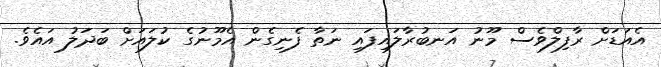
އެއަޑަށް ރާފިލްވެސް މޫނު އަނބުރާލައިފައި ނަތާ ފެނިގެން އެމޫނުގެ ކުލައަށް ބަދަލު އައެވެ.